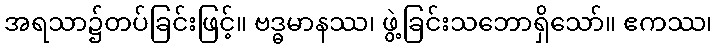
အရသာ၌တပ်ခြင်းဖြင့်။ ဗဒ္ဓမာနဿ၊ ဖွဲ့ခြင်းသဘောရှိသော်။ ဧကဿ၊